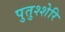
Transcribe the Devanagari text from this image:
पुतुश्शेरि